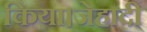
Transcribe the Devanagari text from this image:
किया।जेहादी